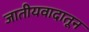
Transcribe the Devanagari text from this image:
जातीयवादातून